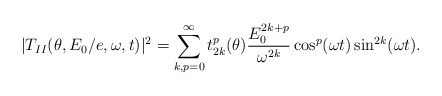
\begin{align*}|T_{II}(\theta ,E_{0}/e,\omega ,t)|^{2}=\sum_{k,p=0}^{\infty}t_{2k}^{p}(\theta )\frac{E_{0}^{2k+p}}{\omega ^{2k}}\cos ^{p}(\omega t)\sin^{2k}(\omega t). \end{align*}